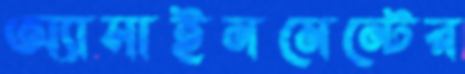
অ্যাসাইনমেন্টের